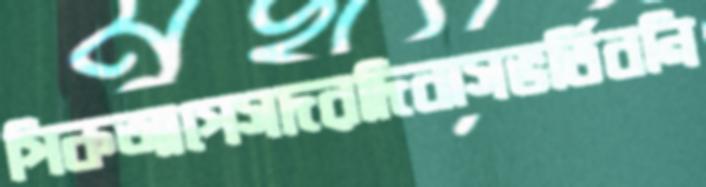
পিকআপেসদরদিবাসভর্তিবনি